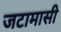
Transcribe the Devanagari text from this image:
जटामासी